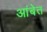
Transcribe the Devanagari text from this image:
आंबेत